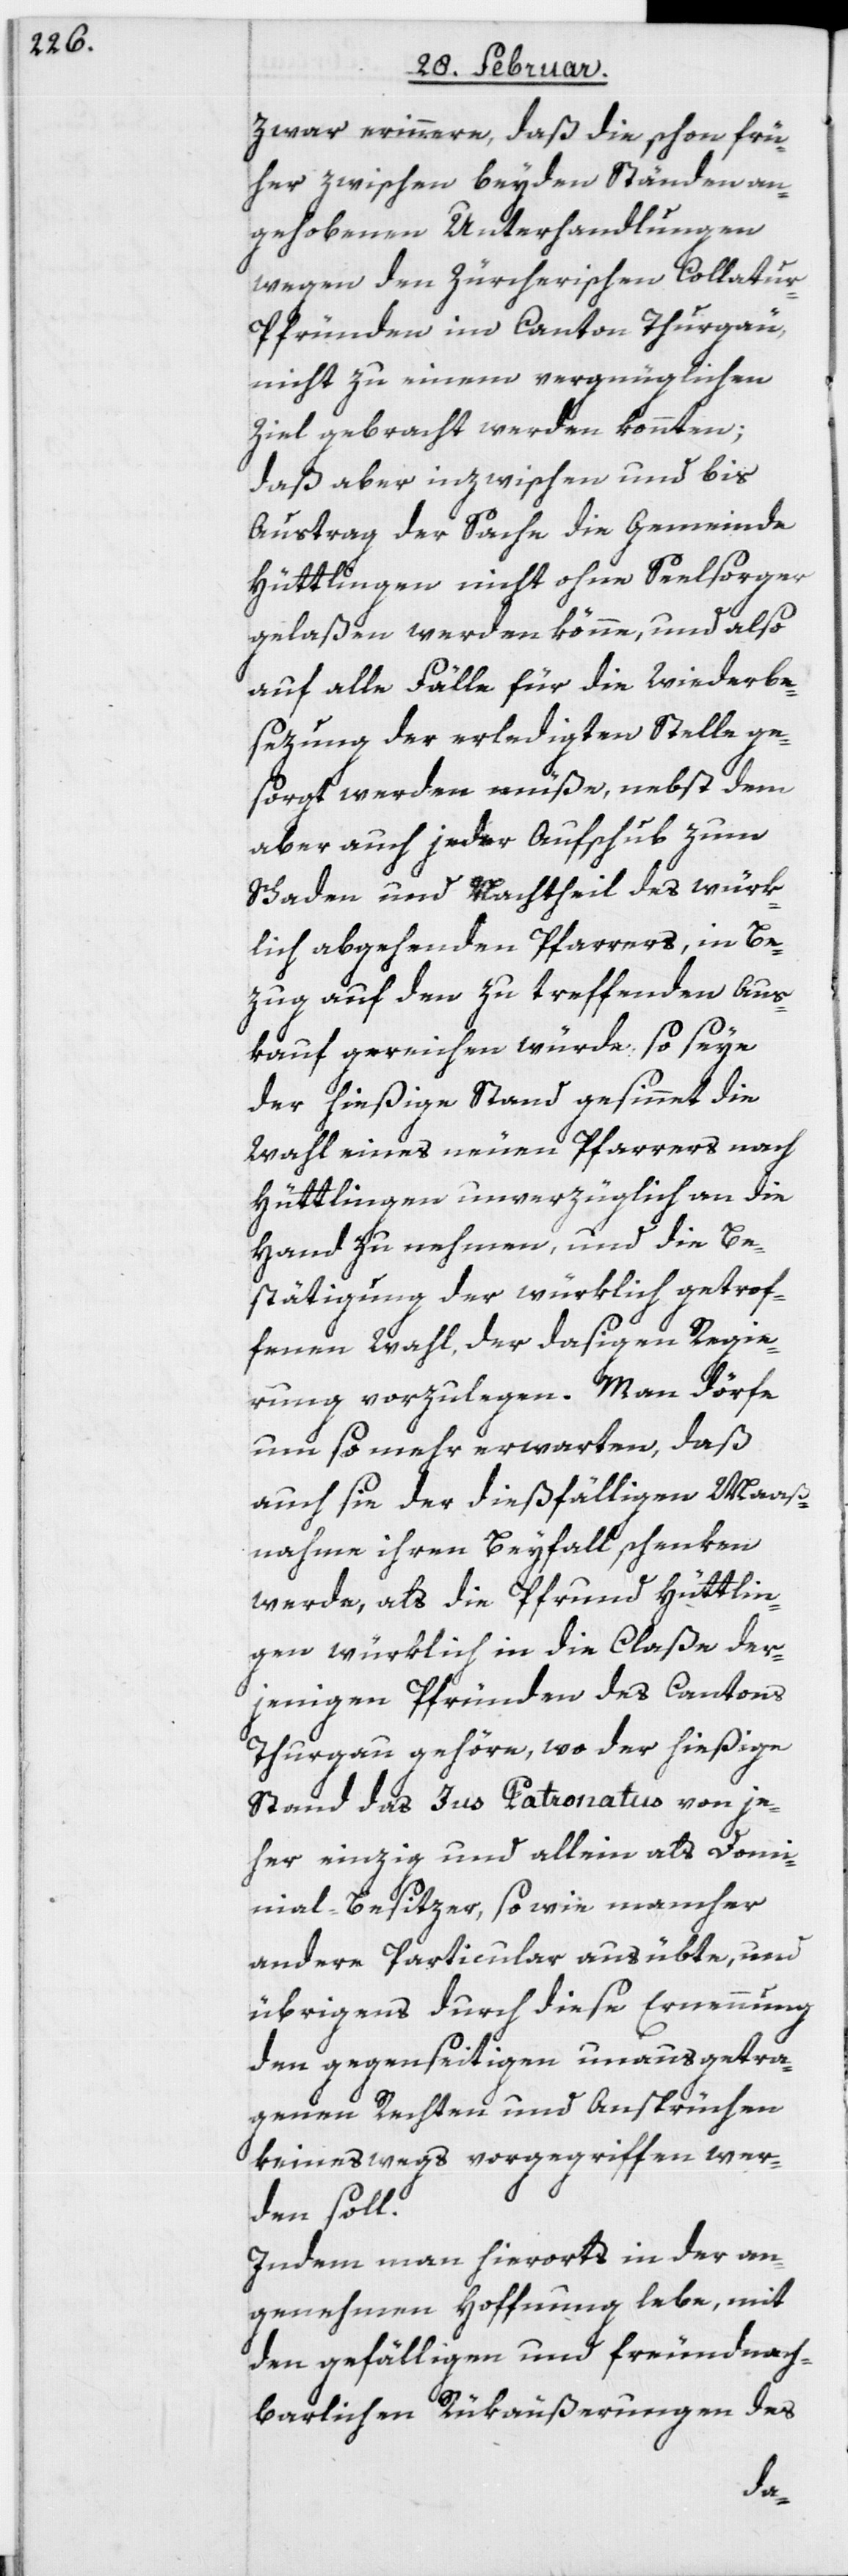
zwar erinnere, daß die schon frü¬
her zwischen beyden Ständen an¬
gehobenen Unterhandlungen
wegen den Zürcherischen Collatu¬
r-Pfründen im Canton Thurgau,
nicht zu einem vergnüglichen
Ziel gebracht werden konnten;
daß aber inzwischen und bis
Austrag der Sache die Gemeinde
Hüttlingen nicht ohne Seelsorger
gelaßen werden könne, und also
auf alle Fälle für die Wiederbe¬
sezung der erledigten Stelle ge¬
sorgt werden müße, nebst dem
aber auch jeder Aufschub zum
Schaden und Nachtheil des würk¬
lich abgehenden Pfarrers, in Be¬
zug auf den zu treffenden Aus¬
kauf gereichen würde; so seye
der hießige Stand gesinnet die
Wahl eines neuen Pfarrers nach
Hüttlingen unverzüglich an die
Hand zu nehmen, und die Be¬
stätigung der würklich getrof¬
fenen Wahl, der dasigen Regie¬
rung vorzulegen. Man dörfe
um so mehr erwarten, daß
auch sie der dießfälligen Maaß¬
nahme ihren Beyfall schenken
werde, als die Pfrund Hüttlin¬
gen würklich in die Claße der¬
jenigen Pfründen des Cantons
Thurgau gehöre, wo der hießige
Stand das Jus Patronatus von je¬
her einzig und allein als Dom¬
inial-Besitzer, so wie mancher
andere Particular ausübte, und
übrigens durch diese Ernennung
den gegenseitigen unausgetra¬
genen Rechten und Ansprüchen
keineswegs vorgegriffen wer¬
den soll.
Indem man hierorts in der an¬
genehmen Hoffnung lebe, mit
den gefälligen und freundnach¬
barlichen Rükäußerungen des